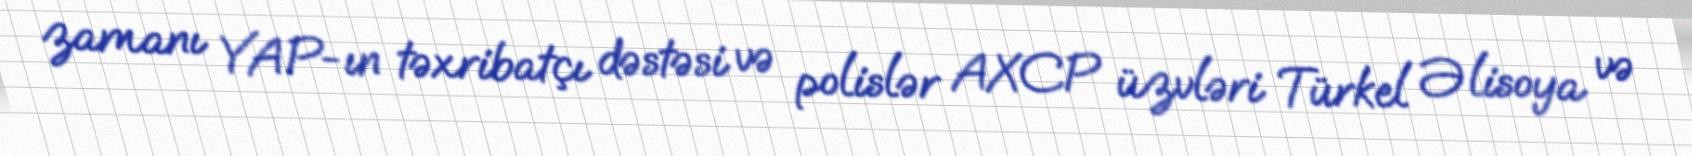
zamanı YAP-ın təxribatçı dəstəsi və polislər AXCP üzvləri Türkel Əlisoya və